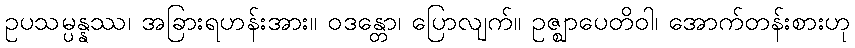
ဥပသမ္ပန္နဿ၊ အခြားရဟန်းအား။ ဝဒန္တော၊ ပြောလျက်။ ဥဇ္ဈာပေတိဝါ၊ အောက်တန်းစားဟု